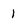
Character: 1